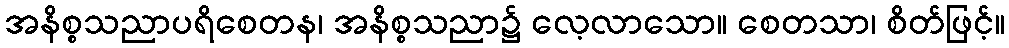
အနိစ္စသညာပရိစေတန၊ အနိစ္စသညာ၌ လေ့လာသော။ စေတသာ၊ စိတ်ဖြင့်။